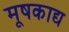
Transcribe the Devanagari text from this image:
मूषकाद्य